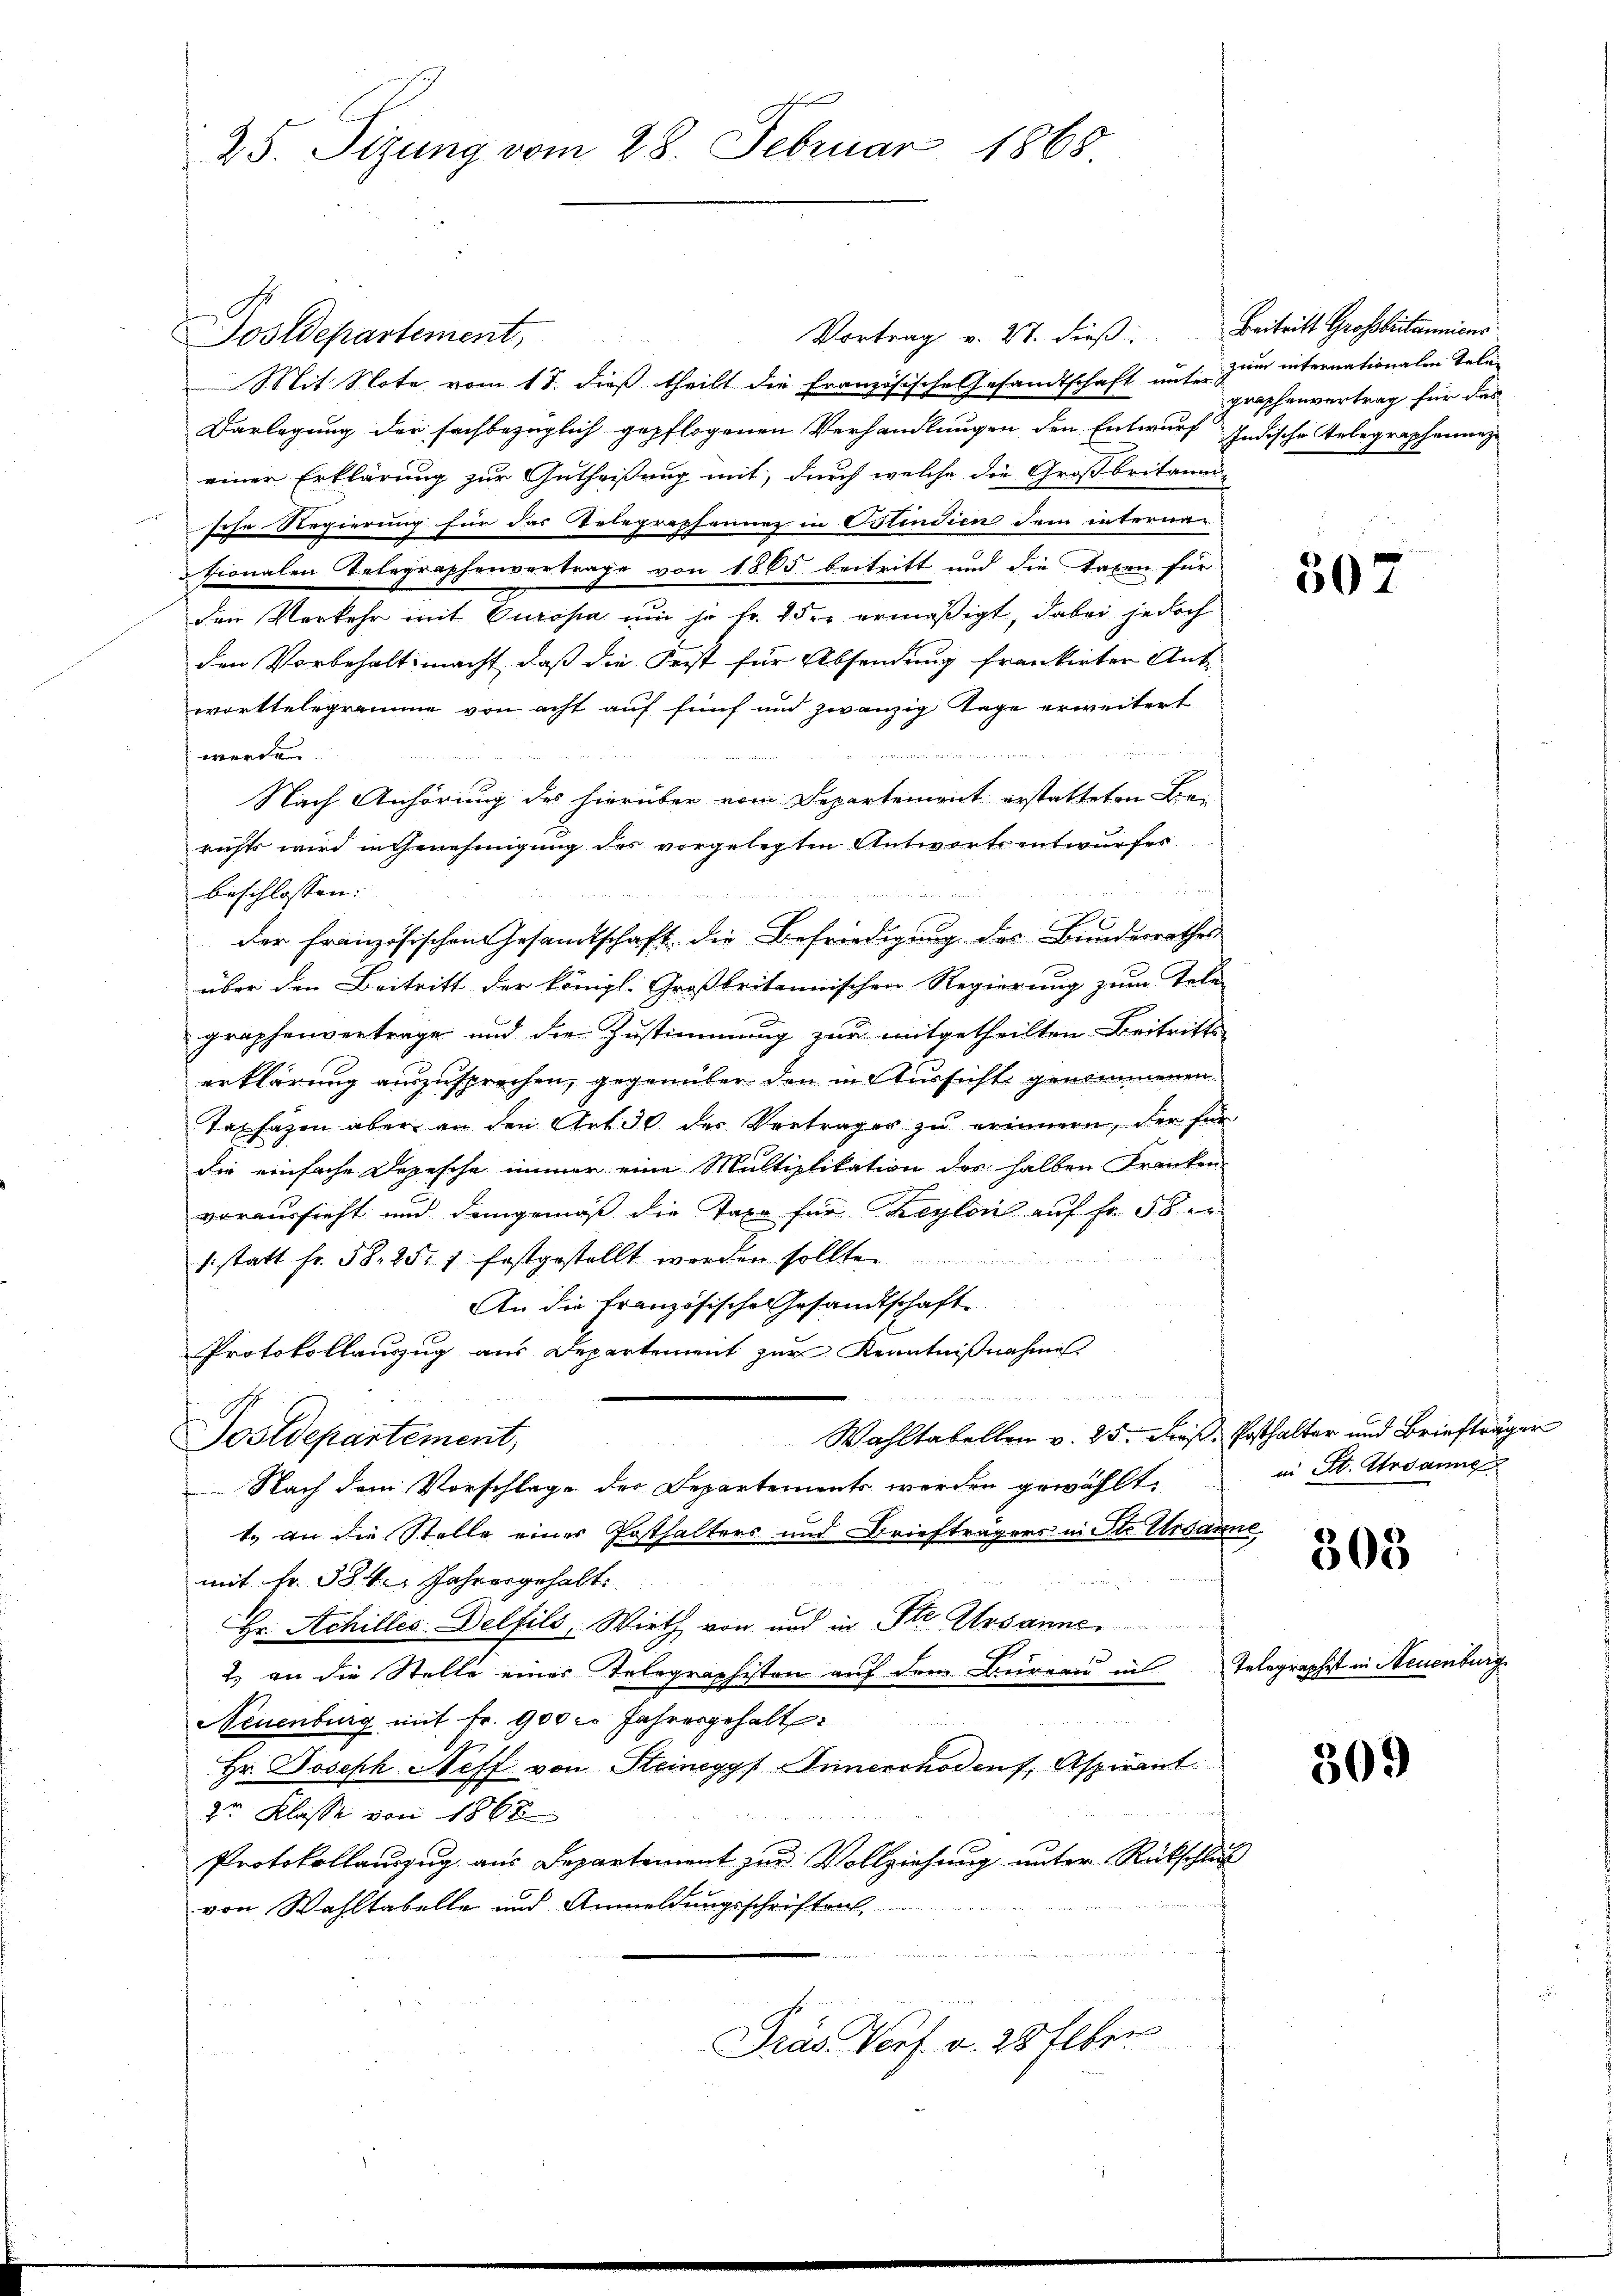
25. Sizung vom 28. Februar 1868

Vortrag v. 27. dieß: Beitritt Großbritanniens
Postdepartement,
Mit Note vom 17. dieß theilt die Französische Gesandtschaft unser zum internationalen Tele-
Darlegung der sachbezüglich gepflogenen Verhandlungen den Entwurf Indische Telegraphenne
einer Erklärung zur Gutheißung mit, durch welche die Großbritanni-
sohe Regierung für das Telegraphennez in Ostindien dem interne-
tionalen Telegraphenvertrage von 1865 beitritt und die Taxen für
den Verkehr mit Europa um ja fr. 2 der ermäßigt, dabei jedoch
den Vorbehalt macht, daß die Fest für Absendung frankirten Ant-
worttelegramme von acht auf fünf und zwanzig Tage erweitert
n
werde.
Nach Anhörung des hierüber vom Departement erstatteten Berichts wird in Genehmigung des vorgelegten Antwortsentwurfes
und
beschlossen:
der französischen Gesamtschaft die Befriedigung des Bunderrathes
über den Beitritt der königl. Großbritannischen Regierung zum Tele
graphenvertrage und die Zustimmung zur mitgetheilten Beitritts-
erklärung auszusprechen, gegenüber den in Aussicht genommenen
Taxfagen aber an den Art 30 der Verträger zu erinnern, der für
die einfache Depesche immer eine Multiplikation des halben Franken
voraussieht und demgemäß die Taxe für Begleich auf Fr. 58 e

sstatt fr. 58. 25. 7 festgestellt werden sollte.
An die Französische Gesandtschaft
Protokollauszug aus Departement zur Kenntnißnahme
 eman
Wahltabellen v. 25. Fuß. Erthalter und Briefträger
Postdepartement,
 Nach dem Vorschlage des Departements werden gewählt.
t. an die Stelle einer Posthalters und Briefträgers in Ste Ursanne
mit Fr. 384. Jahresgehalt
Hr. Achilles Delfils, Wirth von und in Str. Ursanne.
2) an die Stelle eines Telegraphisten auf dem Bureau in Telegraphist in Neuenburg
Neuenburg mit Fr. 900 l. Jahresgehalt
Hr. Joseph Neff von Steineggs Innerrhodens, Aspirant.
2r Klasse von 1868
Protokollauszug aus Departement zur Vollziehung unter Rückschluß
von Wahltabelle und Anmeldungsschriften,
Präs. Verf. v. 28 Elber

graphenvertrag für das

507

in St. Sodanne

303

309